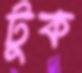
টুক